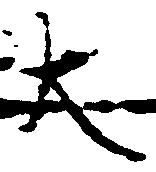
大